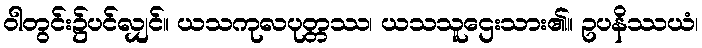
ဝါတွင်း၌ပင်လျှင်။ ယသကုလပုတ္တဿ၊ ယသသူဌေးသား၏။ ဥပနိဿယံ၊